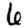
Digit: 6